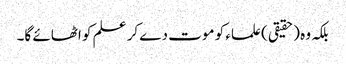
بلکہ وہ (حقیقی) علماء کو موت دے کر علم کو اٹھائے گا۔